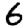
Digit: 6